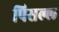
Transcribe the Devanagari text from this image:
पिसल्ल